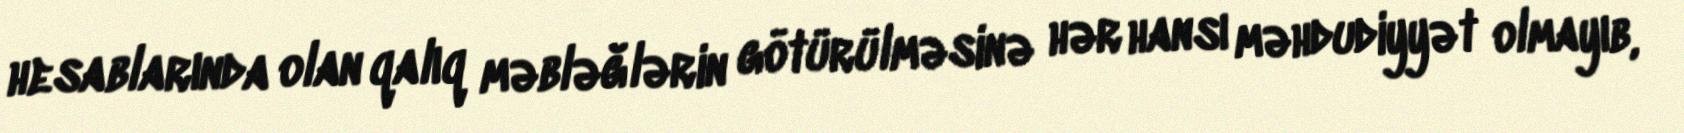
hesablarında olan qalıq məbləğlərin götürülməsinə hər hansı məhdudiyyət olmayıb,